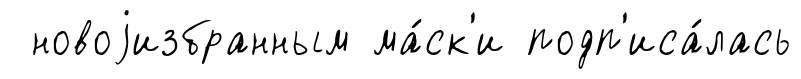
новоjизбранным ма́ск'и подп'иса́лась